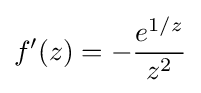
f'(z)=-{\frac {e^{{1}/{z}}}{z^{2}}}